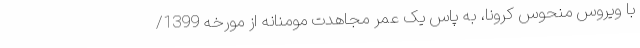
با ویروس منحوس کرونا، به پاس یک عمر مجاهدت مومنانه از مورخه 1399/